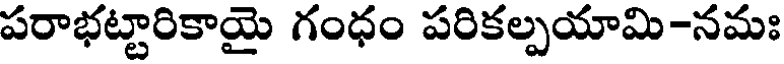
పరాభట్టారికాయై గంధం పరికల్పయామి-నమః